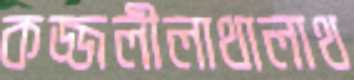
কজ্জলীলাথালাথ